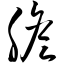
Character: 胆